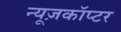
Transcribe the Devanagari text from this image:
न्यूज़कॉप्टर